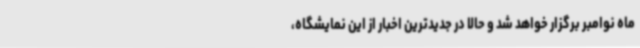
ماه نوامبر برگزار خواهد شد و حالا در جدیدترین اخبار از این نمایشگاه،